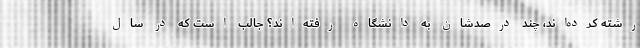
رشته کرده‌اند، چند درصدشان به دانشگاه رفته‌اند؟ جالب است که در سال